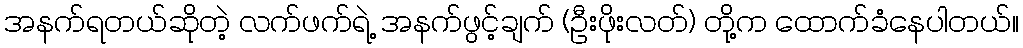
အနက်ရတယ်ဆိုတဲ့ လက်ဖက်ရဲ့ အနက်ဖွင့်ချက် (ဦးဖိုးလတ်) တို့က ထောက်ခံနေပါတယ်။